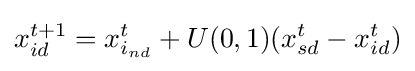
x_{id}^{t+1}=x_{i_{nd}}^{t}+U(0,1)(x_{sd}^{t}-x_{id}^{t})